Civil Veterinary Department. United Provinces 1923-31 - 1923-1931
Year: 1923
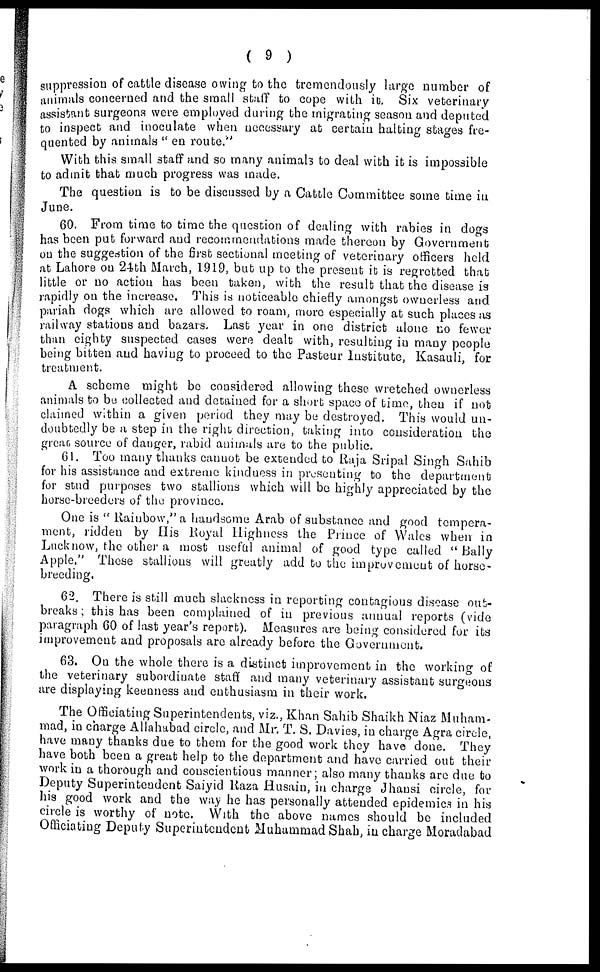
( 9 )
suppression of cattle disease owing to the tremendously large number of
animals concerned and the small staff to cope with it. Six veterinary
assistant surgeons were employed during the migrating season and deputed
to inspect and inoculate when necessary at certain halting stages fre-
quented by animals "en route."
With this small staff and so many animals to deal with it is impossible
to admit that much progress was made.
The question is to be discussed by a Cattle Committee some time in
June.
60. From time to time the question of dealing with rabies in dogs
has been put forward and recommendations made thereon by Government
on the suggestion of the first sectional meeting of veterinary officers held
at Lahore on 24th March, 1919, but up to the present it is regretted that
little or no action has been taken, with the result that the disease is
rapidly on the increase. This is noticeable chiefly amongst ownerless and
pariah dogs which are allowed to roam, more especially at such places as
railway stations and bazars. Last year in one district alone no fewer
than eighty suspected cases were dealt with, resulting in many people
being bitten and having to proceed to the Pasteur Institute, Kasauli, for
treatment.
A scheme might be considered allowing these wretched ownerless
animals to bo collected and detained for a short space of time, then if not
claimed within a given period they may be destroyed. This would un-
doubtedly be a step in the right direction, taking into consideration the
great source of danger, rabid animals are to the public.
61. Too many thanks cannot be extended to Raja Sripal Singh Sahib
for his assistance and extreme kindness in presenting to the department
for stud purposes two stallions which will be highly appreciated by the
horse-breeders of the province.
One is "Rainbow," a handsome Arab of substance and good tempera-
ment, ridden by His Royal Highness the Prince of Wales when in
Lucknow, the other a most useful animal of good type called "Bally
Apple." These stallions will greatly add to the improvement of horse-
breeding.
62. There is still much slackness in reporting contagious disease out-
breaks ; this has been complained of in previous annual reports (vide
paragraph 60 of last year's report). Measures are being considered for its
improvement and proposals are already before the Government.
63. On the whole there is a distinct improvement in the working of
the veterinary subordinate staff and many veterinary assistant surgeons
are displaying keenness and enthusiasm in their work.
The Officiating Superintendents, viz., Khan Sahib Shaikh Niaz Muham-
mad, in charge Allahabad circle, and Mr. T. S. Davies, in charge Agra circle,
have many thanks due to them for the good work they have done. They
have both been a great help to the department and have carried out their
work in a thorough and conscientious manner ; also many thanks are due to
Deputy Superintendent Saiyid Raza Husain, in charge Jhansi circle, for
his good work and the way he has personally attended epidemics in his
circle is worthy of note. With the above names should be included
Officiating Deputy Superintendent Muhammad Shah, in charge Moradabad